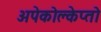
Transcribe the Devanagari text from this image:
अपेकोक्लेप्तो